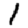
Digit: 1